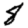
Digit: 8